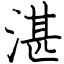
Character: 湛